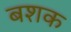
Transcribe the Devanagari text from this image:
बशक